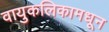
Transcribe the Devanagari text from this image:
वायुकलिकामधून